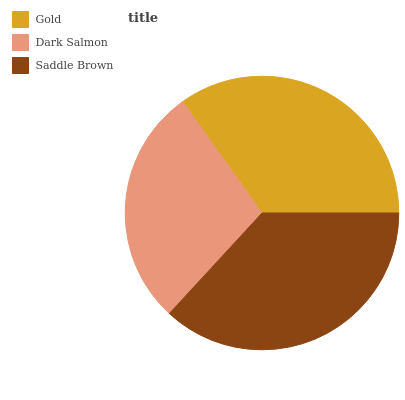
| Gold | Dark Salmon | Saddle Brown |
 | --- | --- | --- |
 | 34.8% | 28.3% | 36.9% |